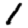
Digit: 1